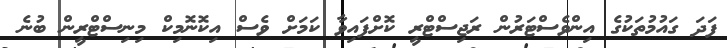
ފަދަ ގައުމުތަކުގެ އިންވެސްޓަރުން ރަޖިސްޓްރީ ކޮށްފައިވާ ކަމަށް ވެސް އިކޮނޮމިކް މިނިސްޓްރީން ބުނެ